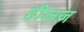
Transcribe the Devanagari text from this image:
हीलज़